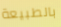
بالطبيعة